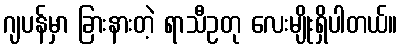
ဂျပန်မှာ ခြားနားတဲ့ ရာသီဥတု လေးမျိုးရှိပါတယ်။